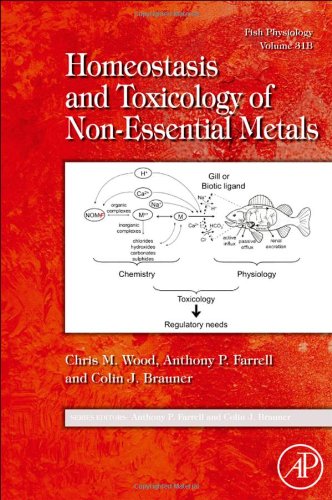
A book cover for Fish Physiology: Homeostasis and Toxicology of Non-Essential Metals, Volume 31B; Science & Math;